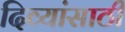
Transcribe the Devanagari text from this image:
दिव्यांसाठी